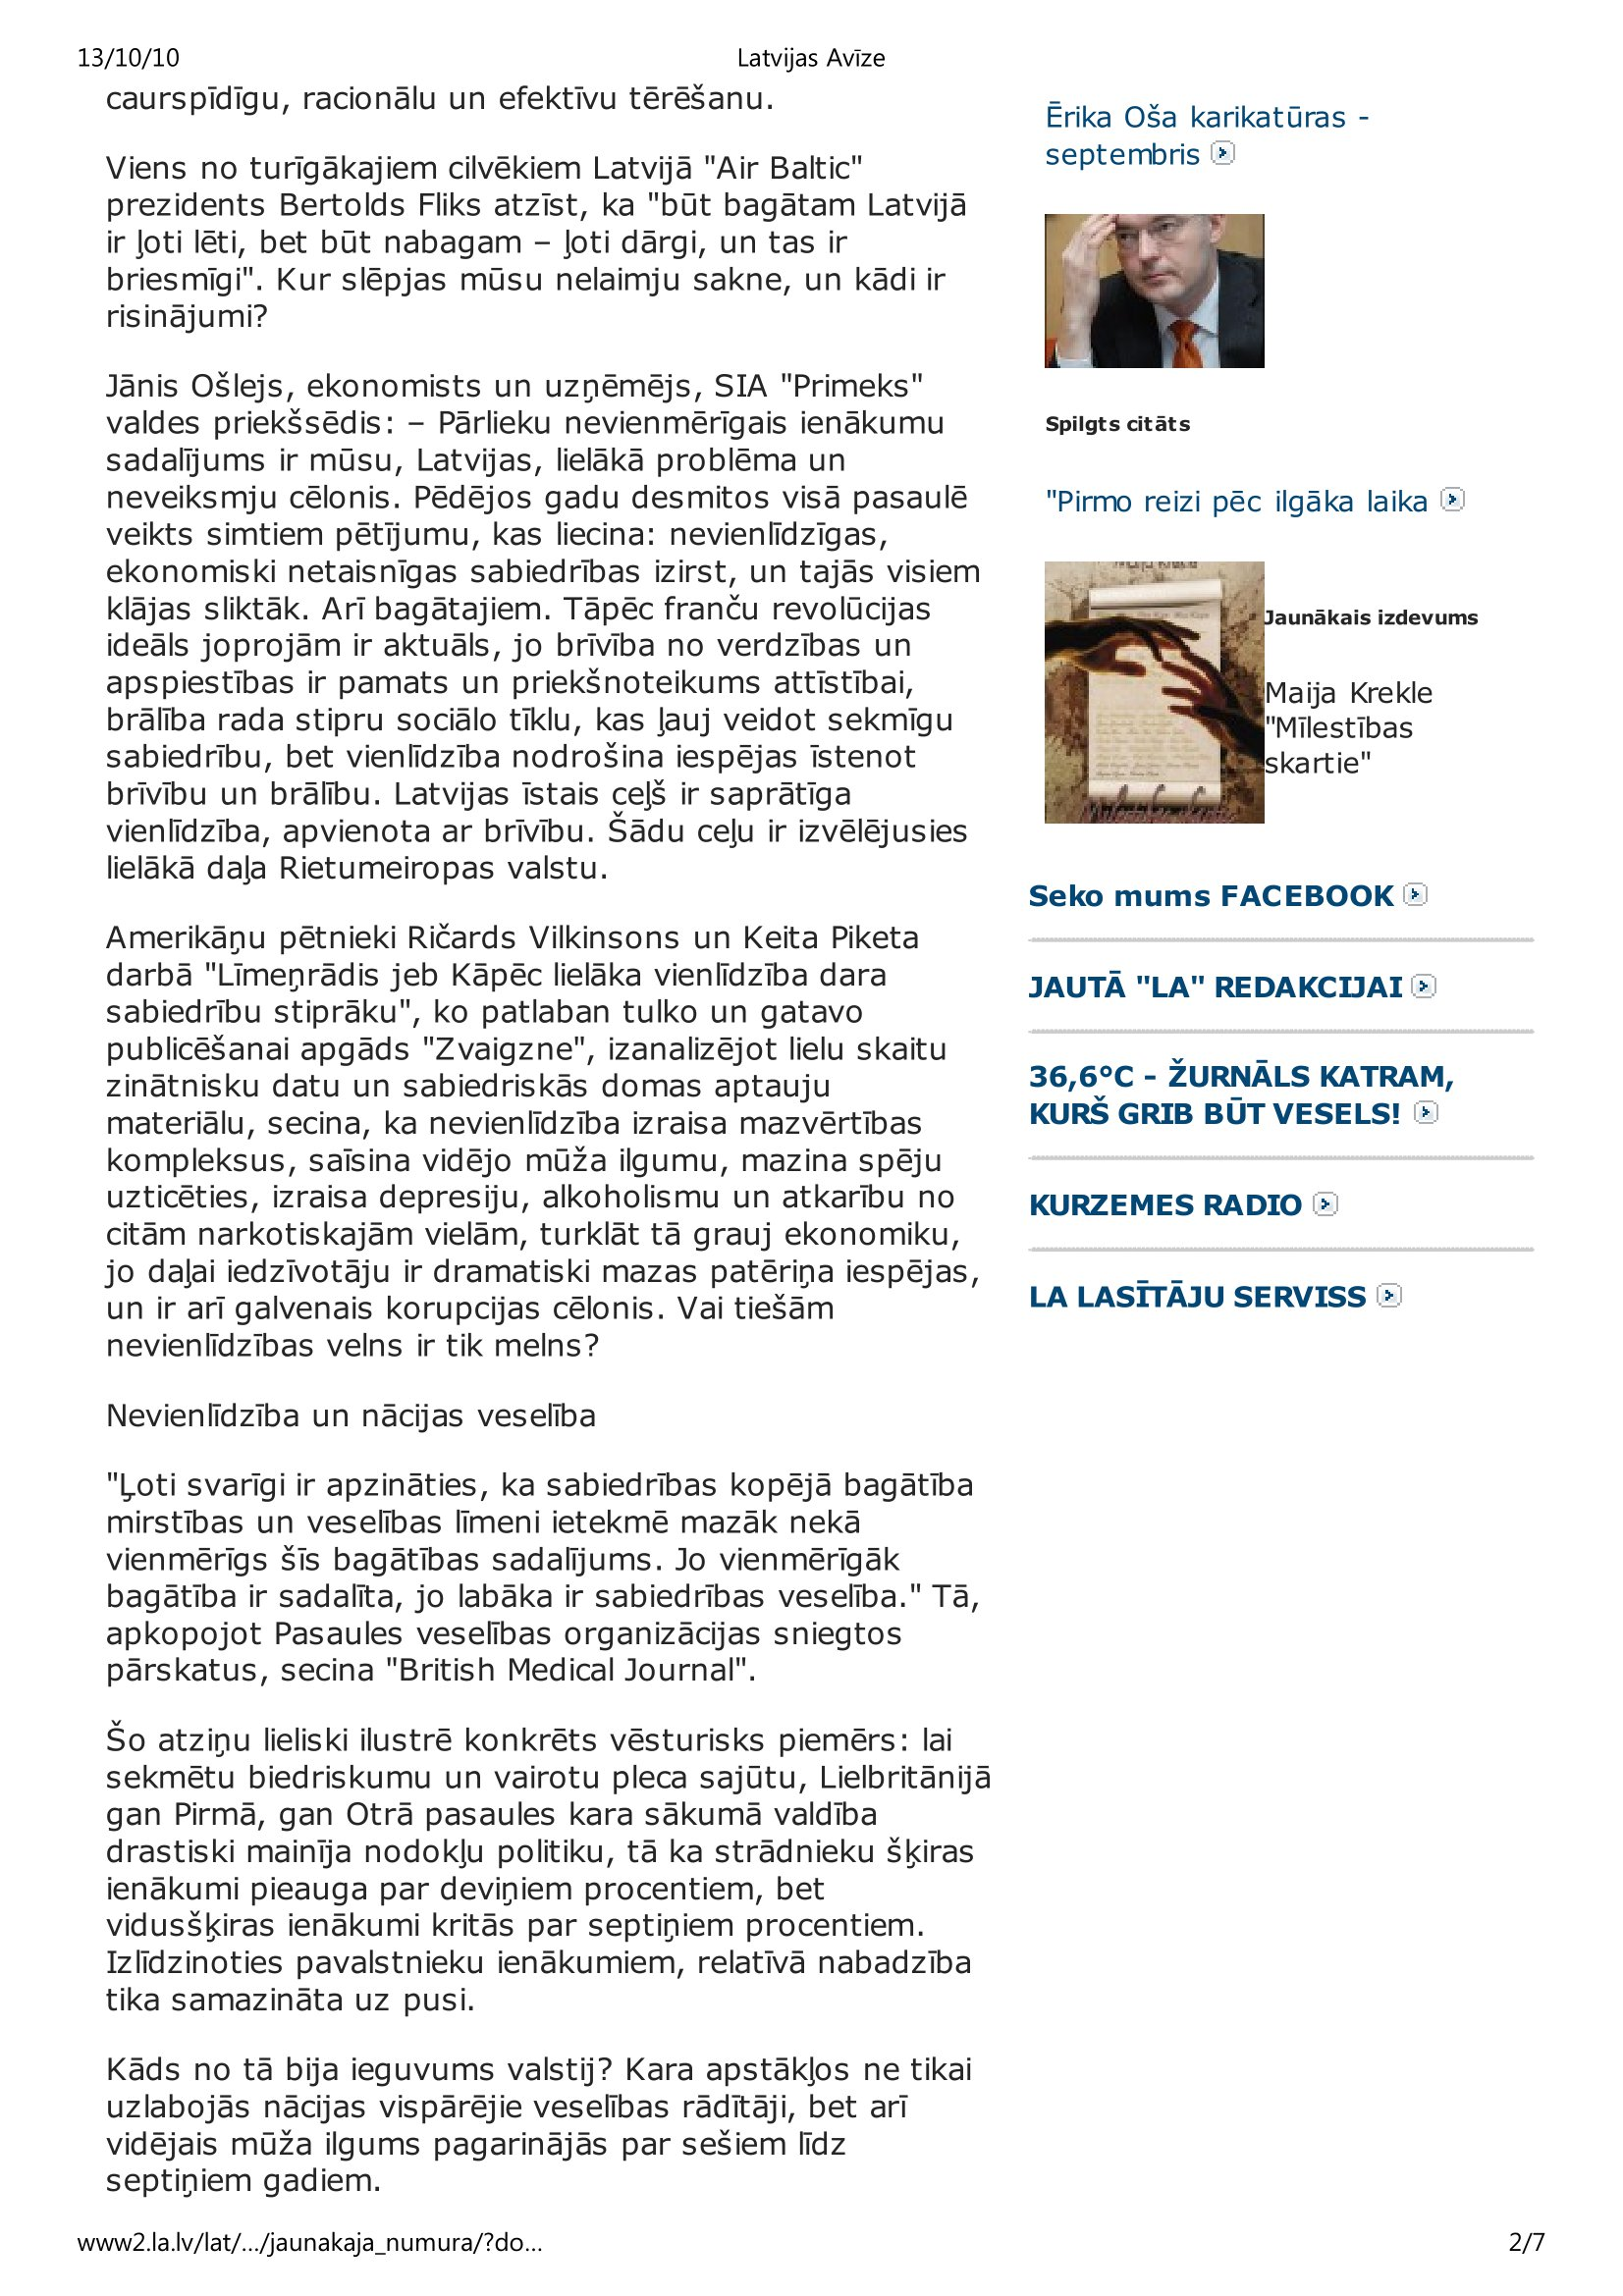
Language: lv